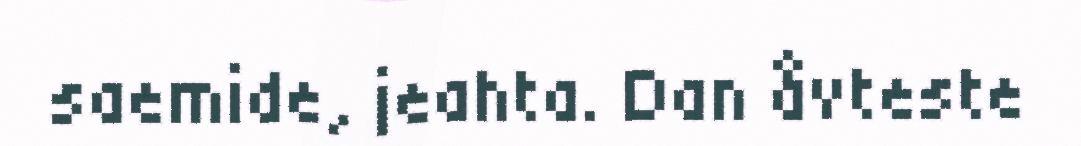
saemide, jeahta. Dan åvteste